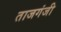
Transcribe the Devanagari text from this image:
ताजगंजी